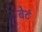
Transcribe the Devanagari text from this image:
बेटं